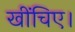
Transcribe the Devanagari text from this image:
खींचिए।